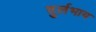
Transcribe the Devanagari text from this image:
दुर्लभाय